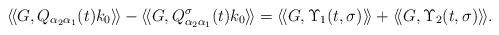
LaTeX: \begin{align*} \langle \!\langle G, Q_{\alpha_2\alpha_1}(t) k_0\rangle \!\rangle -\langle \!\langle G, Q^\sigma_{\alpha_2\alpha_1}(t) k_0\rangle\!\rangle = \langle \!\langle G, \Upsilon_1(t,\sigma) \rangle\!\rangle + \langle \!\langle G, \Upsilon_2(t,\sigma) \rangle\!\rangle.\end{align*}